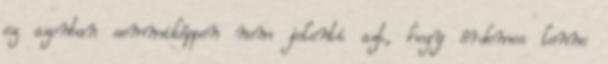
ez azonban semmiképpen nem jelenti azt, hogy érdemes lenne